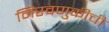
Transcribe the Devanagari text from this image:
मिरवणुकीची